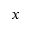
x